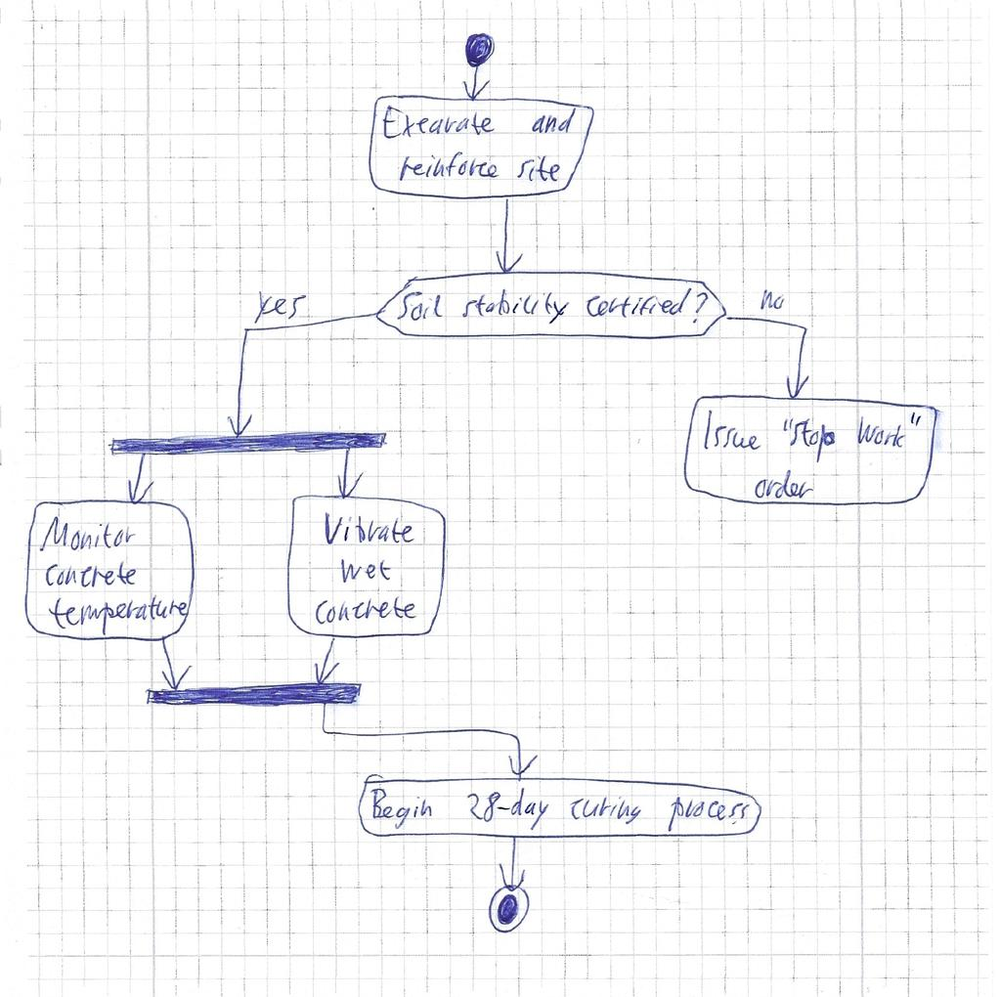
Diagram type: activity_diagram
```plantuml
@startuml

start

:Excavate and reinforce site;

if (Soil stability certified?) then (yes)
  fork
    :Monitor concrete temperature;
  fork again
    :Vibrate wet concrete;
  end fork
else (no)
  :Issue "Stop Work" order;
  kill
endif

:Begin 28-day curing process;

stop

@enduml
```